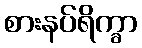
စားနပ်ရိက္ခာ